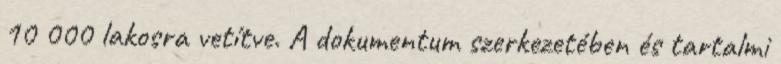
10 000 lakosra vetítve. A dokumentum szerkezetében és tartalmi